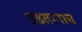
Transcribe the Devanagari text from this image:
उडतानाच